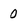
Character: 0